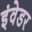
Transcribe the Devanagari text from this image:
इंवेडर